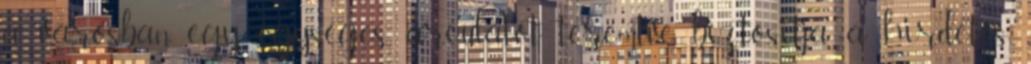
a városban egy egységes arculatot teremtve, biztositja a hirdetés